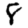
Digit: 8